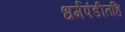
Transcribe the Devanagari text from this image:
धर्मपंडीतहि